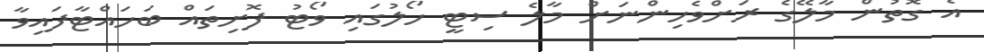
އެ ގޮތުން މާލޭގެ ރަށްވެހިންނަށް މާލެ ސިޓީ ހޯލުގައި ވޯޓު ފޮށިތައް ބަހައްޓާފައިވާ